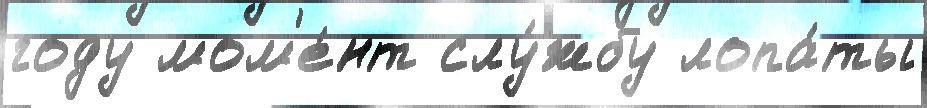
году мом'е́нт слу́жбу лопа́ты